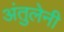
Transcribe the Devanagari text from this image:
अंतुलेनी